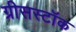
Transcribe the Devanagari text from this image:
ग्रीसस्टॉक